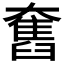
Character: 𡚒